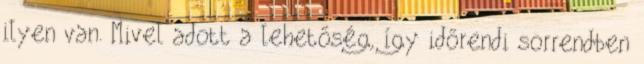
ilyen van. Mivel adott a lehetőség, így időrendi sorrendben